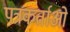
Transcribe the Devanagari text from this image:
पत्रकर्ताओं